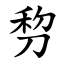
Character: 剓